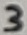
Text: 3